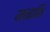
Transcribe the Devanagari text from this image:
मनाभि